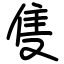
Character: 隻